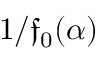
1 / \mathfrak { f } _ { 0 } ( \alpha )